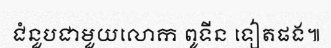
ជំនួបជាមួយលោក ពូទីន ទៀតផង៕